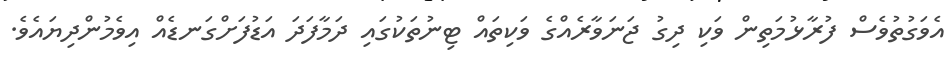
އެވަގުތުވެސް ފުރާޅުމަތިން ވަކި ދިގު ޖަނަވާރެއްގެ ވަކިތައް ޓިނުތަކުގައި ދަމާފަދަ އަޑުފަށްގަނޑެއް އިވެމުންދިޔައެވެ.